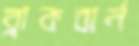
ব্লাকবার্ন